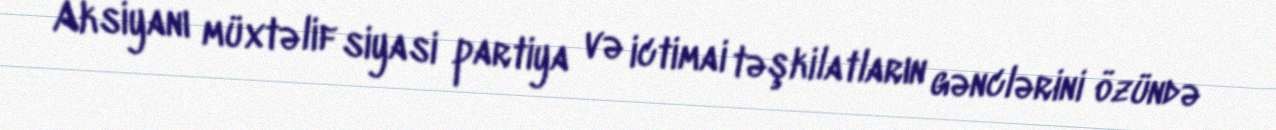
Aksiyanı müxtəlif siyasi partiya və ictimai təşkilatların gənclərini özündə